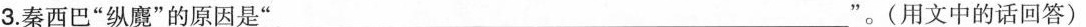
3.秦西巴”纵魔”的原因是” _________________”。(用文中的话回答)